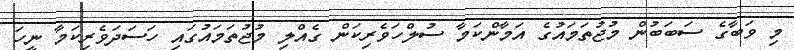
މި ވަބާގެ ސަބަބުން މުޖުތަމައުގެ އަމާންކަމާ ސުލްހަވެރިކަން ގެއްލި މުޖުތަމައުގައި ހަސަދަވެރިކަމާ ނީހަ